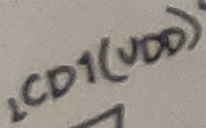
Text: LCD1(VDD)